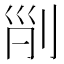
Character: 𠜊